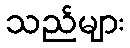
သည်များ